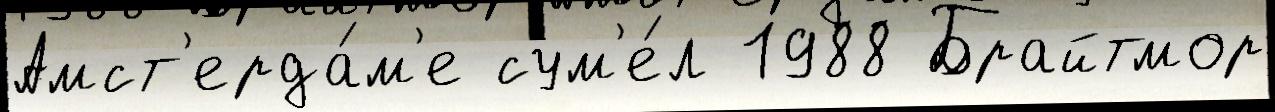
Амст'ерда́м'е сум'е́л 1988 Брайтмор